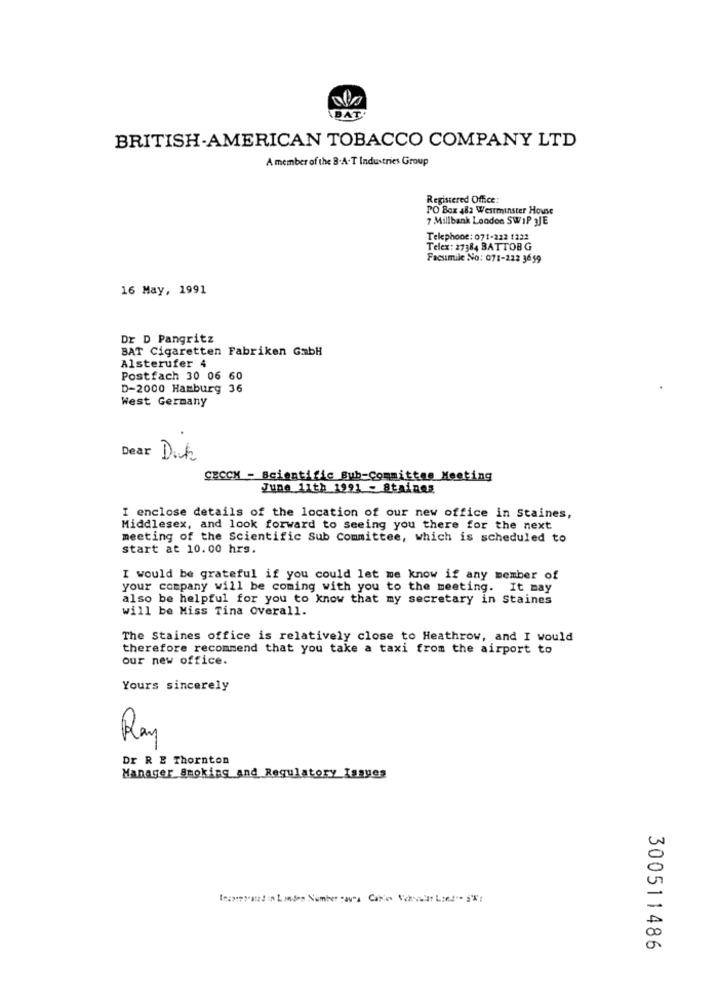
BAT'
BRITISH-AMERICAN TOBACCO COMPANY LTD
A member of the B.A-T Industries Group
Registered Office:
PO Box 482 Westminster House
7 Millbank London SWIP JJE
Telephone: 071-222 1222
Telex: 27384 BATTOBG
Facsimile No: 071-222 3659
16 May, 1991
Dr D Pangritz
BAT Cigaretten Fabriken GabH
Alsterufer 4
Postfach 30 06 60
D-2000 Hamburg 36
West Germany
Dear Dick
CECCH - Scientific Bub-Committee Meeting
June 11th 1991 - Staines
I enclose details of the location of our new office in Staines,
Middlesex, and look forward to seeing you there for the next
meeting of the Scientific Sub Committee, which is scheduled to
start at 10.00 hrs.
I would be grateful if you could let me know if any member of
your company will be coming with you to the meeting. It may
also be helpful for you to know that my secretary in Staines
will be Miss Tina Overall.
The Staines office is relatively close to Heathrow, and I would
therefore recommend that you take a taxi from the airport to
our new office.
Yours sincerely
Ray
Dr R & Thornton
Manager_Smoking and Regulatory Issues
300511486